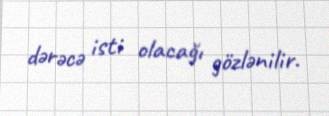
dərəcə isti olacağı gözlənilir.